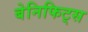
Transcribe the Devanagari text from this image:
बेनिफिट्स